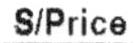
S/PRICE